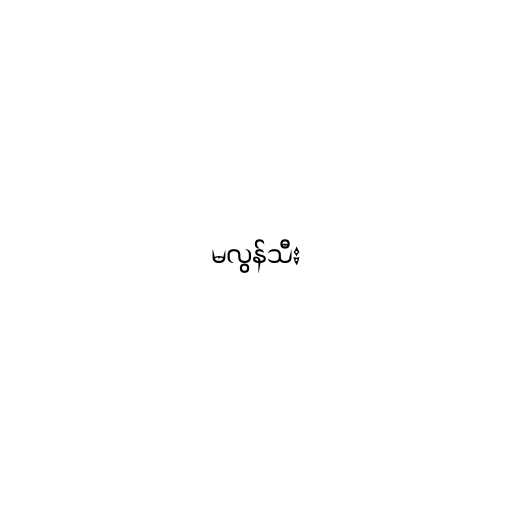
မလွန်သီး